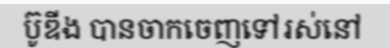
ប៊ូឌីង បានចាកចេញទៅរស់នៅ